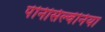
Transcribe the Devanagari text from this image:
पेनिसिल्‍वेनिया